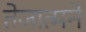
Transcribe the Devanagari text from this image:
तेजात्मने